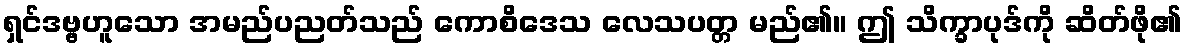
ရှင်ဒဗ္ဗဟူသော အမည်ပညတ်သည် ကောစိဒေသ လေသပတ္တ မည်၏။ ဤ သိက္ခာပုဒ်ကို ဆိတ်ဖို၏